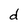
Character: d